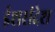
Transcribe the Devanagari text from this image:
ईशसंदेश